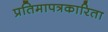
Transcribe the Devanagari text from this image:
प्रतिमापत्रकारिता